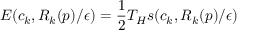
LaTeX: E ( c _ { k } , R _ { k } ( p ) / \epsilon ) = \frac 1 2 T _ { H } s ( c _ { k } , R _ { k } ( p ) / \epsilon ) ~ ~